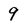
Character: 9